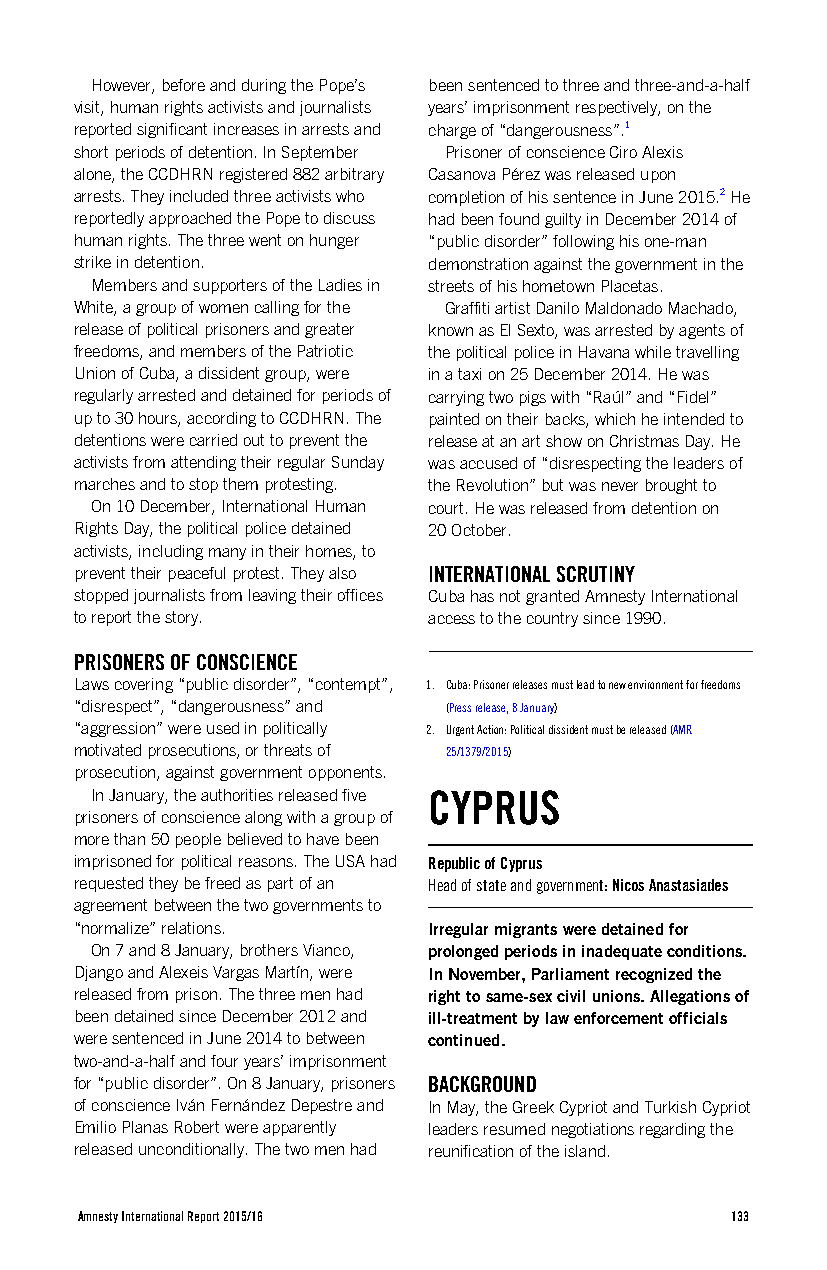
However, before and during the Pope’s been sentenced to three and three-and-a-half
 visit, human rights activists and journalists years’ imprisonment respectively, on the
 reported significant increases in arrests and charge of “dangerousness”.1
 short periods of detention. In September Prisoner of conscience Ciro Alexis
 alone, the CCDHRN registered 882 arbitrary Casanova Pérez was released upon
 arrests. They included three activists who completion of his sentence in June 2015.2 He
 reportedly approached the Pope to discuss had been found guilty in December 2014 of
 human rights. The three went on hunger “public disorder” following his one-man
 strike in detention.   demonstration against the government in the
 Members and supporters of the Ladies in streets of his hometown Placetas.
 White, a group of women calling for the Graffiti artist Danilo Maldonado Machado,
 release of political prisoners and greater known as El Sexto, was arrested by agents of
 freedoms, and members of the Patriotic the political police in Havana while travelling
 Union of Cuba, a dissident group, were in a taxi on 25 December 2014. He was
 regularly arrested and detained for periods of carrying two pigs with “Raúl” and “Fidel”
 up to 30 hours, according to CCDHRN. The painted on their backs, which he intended to
 detentions were carried out to prevent the release at an art show on Christmas Day. He
 activists from attending their regular Sunday was accused of “disrespecting the leaders of
 marches and to stop them protesting. the Revolution” but was never brought to
 On 10 December, International Human court. He was released from detention on
 Rights Day, the political police detained 20 October.
 activists, including many in their homes, to
 prevent their peaceful protest. They also INTERNATIONAL SCRUTINY
 stopped journalists from leaving their offices Cuba has not granted Amnesty International
 to report the story.   access to the country since 1990.
 PRISONERS OF CONSCIENCE
 Laws covering “public disorder”, “contempt”, 1. Cuba: Prisoner releases must lead to new environment for freedoms
 “disrespect”, “dangerousness” and (Press release, 8 January)
 “aggression” were used in politically 2. Urgent Action: Political dissident must be released (AMR
 motivated prosecutions, or threats of 25/1379/2015)
 prosecution, against government opponents.
 In January, the authorities released five CYPRUS
 prisoners of conscience along with a group of
 more than 50 people believed to have been
 imprisoned for political reasons. The USA had Republic of Cyprus
 requested they be freed as part of an Head of state and government: Nicos Anastasiades
 agreement between the two governments to
 “normalize” relations. Irregular migrants were detained for
 On 7 and 8 January, brothers Vianco, prolonged periods in inadequate conditions.
 Django and Alexeis Vargas Martín, were In November, Parliament recognized the
 released from prison. The three men had right to same-sex civil unions. Allegations of
 been detained since December 2012 and ill-treatment by law enforcement officials
 were sentenced in June 2014 to between continued.
 two-and-a-half and four years’ imprisonment
 for “public disorder”. On 8 January, prisoners BACKGROUND
 of conscience Iván Fernández Depestre and In May, the Greek Cypriot and Turkish Cypriot
 Emilio Planas Robert were apparently leaders resumed negotiations regarding the
 released unconditionally. The two men had reunification of the island.
 Amnesty International Report 2015/16       133